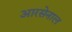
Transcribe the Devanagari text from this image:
आरसेनाल